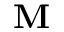
\bf M